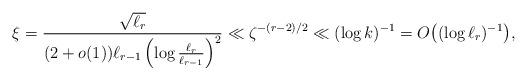
LaTeX: \begin{align*}\xi=\frac{\sqrt{\ell_r}}{(2+o(1))\ell_{r-1}\left(\log\tfrac{\ell_r}{\ell_{r-1}}\right)^2}\ll \zeta^{-(r-2)/2}\ll(\log k)^{-1} =O\bigl((\log \ell_r)^{-1}\bigr),\end{align*}